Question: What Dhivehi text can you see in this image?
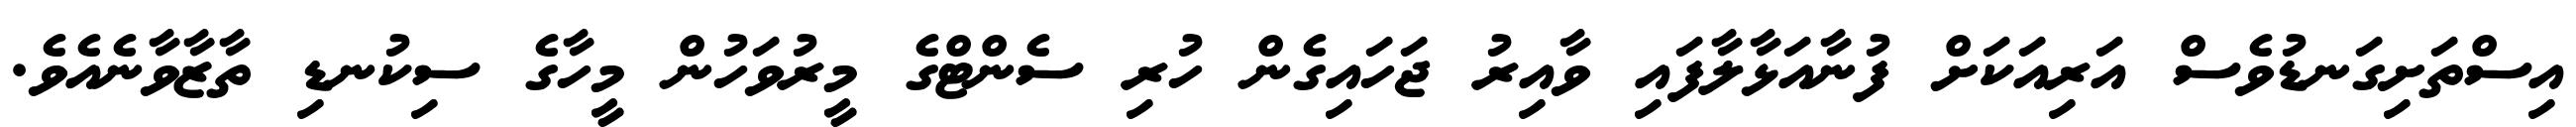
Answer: އިސްތަށިގަނޑުވެސް އަރިއަކަށް ފުނާއަޅާލާފައި ވާއިރު ޖަހައިގެން ހުރި ސެންޓްގެ މީރުވަހުން މީހާގެ ސިކުނޑި ތާޒާވާނެއެވެ.